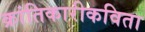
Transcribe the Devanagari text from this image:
क्रांतिकारीकविता